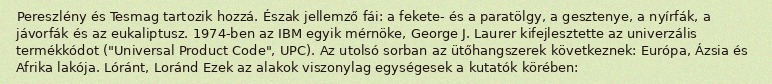
Pereszlény és Tesmag tartozik hozzá. Észak jellemző fái: a fekete- és a paratölgy, a gesztenye, a nyírfák, a jávorfák és az eukaliptusz. 1974-ben az IBM egyik mérnöke, George J. Laurer kifejlesztette az univerzális termékkódot ("Universal Product Code", UPC). Az utolsó sorban az ütőhangszerek következnek: Európa, Ázsia és Afrika lakója. Lóránt, Loránd Ezek az alakok viszonylag egységesek a kutatók körében: